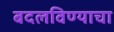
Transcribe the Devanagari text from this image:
बदलविण्याचा